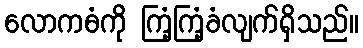
လောကဓံကို ကြံ့ကြံ့ခံလျက်ရှိသည်။